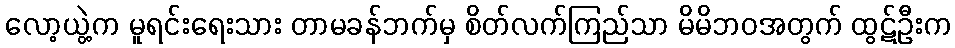
လော့ယွဲ့က မူရင်းရေးသား တာမခန်ဘက်မှ စိတ်လက်ကြည်သာ မိမိဘဝအတွက် ထွဋ်ဦးက